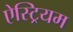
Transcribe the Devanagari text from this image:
ऐस्ट्रियम